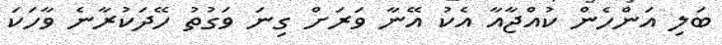
ބަލި އަންހެން ކުއްޖާއާ އެކު އޭނާ ވަރަށް ގިނަ ވަގުތު ހޭދަކުރާނެ ވާހަކަ